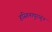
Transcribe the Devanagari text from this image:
हस्तिनापुराहून